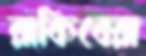
রাকিবেরা